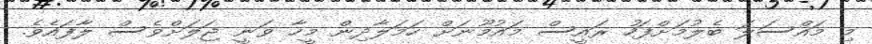
މި މައްސަލަ ބެލުމަށްފަހު ރައީސް މައުމޫނަށް ހަމަލާދިން މީހާ ވަނީ ޖަލަށްވެސް ލާފައެވެ.